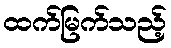
ထက်မြက်သည့်